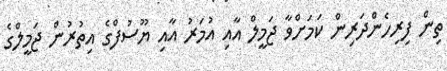
ތިން ފިރިހެންދަރިން ކަމަށްވާ ޖަމީލް އާއި އުމަރު އާއި ޔޫސުފްގެ އިތުރުން ޖަމީލްގެ